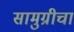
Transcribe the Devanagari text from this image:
सामुग्रीचा